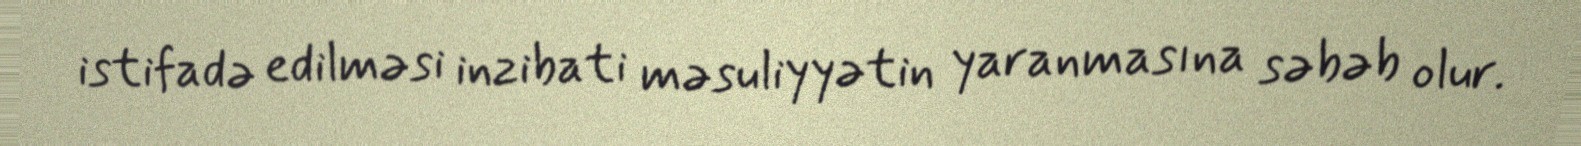
istifadə edilməsi inzibati məsuliyyətin yaranmasına səbəb olur.